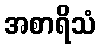
အစာရိသံ